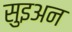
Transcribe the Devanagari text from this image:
सुइअन